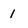
Character: 1